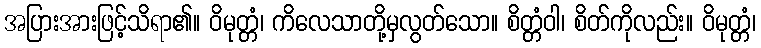
အပြားအားဖြင့်သိရာ၏။ ဝိမုတ္တံ၊ ကိလေသာတို့မှလွတ်သော။ စိတ္တံဝါ၊ စိတ်ကိုလည်း။ ဝိမုတ္တံ၊